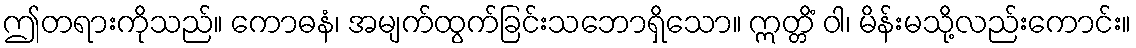
ဤတရားကိုသည်။ ကောဓနံ၊ အမျက်ထွက်ခြင်းသဘောရှိသော။ ဣတ္တိံ ဝါ၊ မိန်းမသို့လည်းကောင်း။